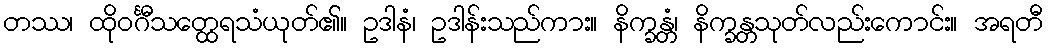
တဿ၊ ထိုဝင်္ဂီသတ္ထေရသံယုတ်၏။ ဥဒါနံ၊ ဥဒါန်းသည်ကား။ နိက္ခန္တံ၊ နိက္ခန္တသုတ်လည်းကောင်း။ အရတီ